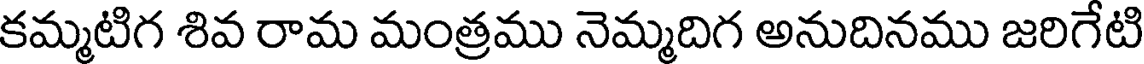
కమ్మటిగ శివ రామ మంత్రము నెమ్మదిగ అనుదినము జరిగేటి